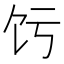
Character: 𬲧